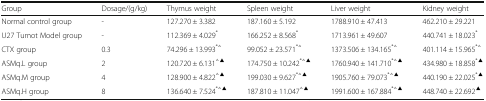
<table><thead><tr><td><b>Group</b></td><td><b>Dosage/(g/kg)</b></td><td><b>Thymus weight</b></td><td><b>Spleen weight</b></td><td><b>Liver weight</b></td><td><b>Kidney weight</b></td></tr></thead><tbody><tr><td>Normal control group</td><td>-</td><td>127.270 ± 3.382</td><td>187.160 ± 5.192</td><td>1788.910 ± 47.413</td><td>462.210 ± 29.221</td></tr><tr><td>U27 Tumot Model group</td><td>-</td><td>112.369 ± 4.029<sup>*</sup></td><td>166.252 ± 8.568<sup>*</sup></td><td>1713.961 ± 49.607</td><td>440.741 ± 18.023<sup>*</sup></td></tr><tr><td>CTX group</td><td>0.3</td><td>74.296 ± 13.993<sup>*△</sup></td><td>99.052 ± 23.571<sup>*△</sup></td><td>1373.506 ± 134.165<sup>*△</sup></td><td>401.114 ± 15.965<sup>*△</sup></td></tr><tr><td>ASMq.L group</td><td>2</td><td>120.720 ± 6.131<sup>△▲</sup></td><td>174.750 ± 10.242<sup>*△▲</sup></td><td>1760.940 ± 141.710<sup>*△▲</sup></td><td>434.980 ± 18.858<sup>*▲</sup></td></tr><tr><td>ASMq.M group</td><td>4</td><td>128.900 ± 4.822<sup>△▲</sup></td><td>199.030 ± 9.627<sup>*△▲</sup></td><td>1905.760 ± 79.073<sup>*△▲</sup></td><td>440.190 ± 22.025<sup>*▲</sup></td></tr><tr><td>ASMq.H group</td><td>8</td><td>136.640 ± 7.524<sup>*△▲</sup></td><td>187.810 ± 11.047<sup>△▲</sup></td><td>1991.600 ± 167.884<sup>*△▲</sup></td><td>448.740 ± 22.692<sup>▲</sup></td></tr></tbody></table>